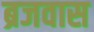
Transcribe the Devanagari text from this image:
ब्रजवास